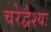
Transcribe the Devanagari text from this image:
चरेद्वैश्यः